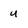
Character: u